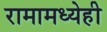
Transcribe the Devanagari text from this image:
रामामध्येही